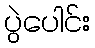
ပွဲပေါင်း